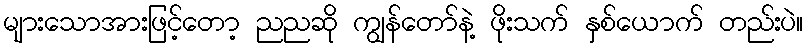
များသောအားဖြင့်တော့ ညညဆို ကျွန်တော်နဲ့ ဖိုးသက် နှစ်ယောက် တည်းပဲ။